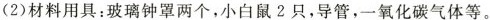
(2)材料用具：玻璃钟罩两个，小白鼠2只，导管，一氧化碳气体等。